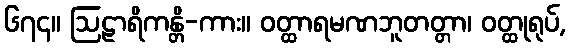
၆၇၄။ ဩဠာရိကန္တိ-ကား။ ဝတ္ထာရမဏဘူတတ္တာ၊ ဝတ္ထုရုပ်,